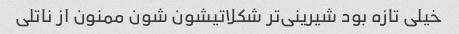
خیلی تازه بود شیرینی‌تر شکلاتیشون شون ممنون از ناتلی